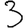
Digit: 3